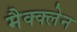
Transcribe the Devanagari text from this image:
मैक्क्लेन